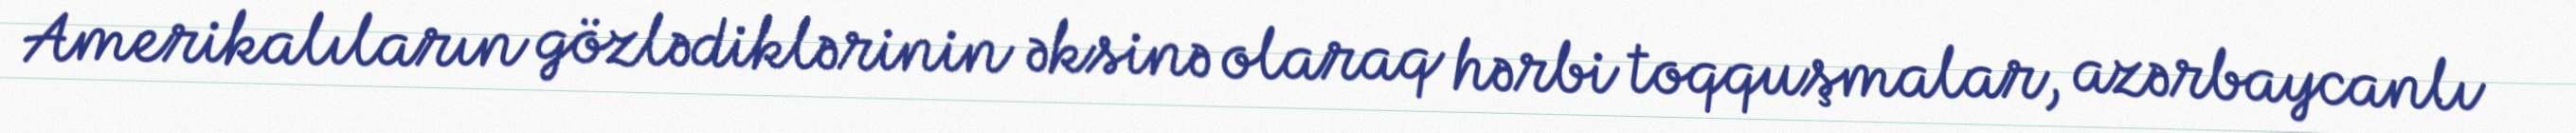
Amerikalıların gözlədiklərinin əksinə olaraq hərbi toqquşmalar, azərbaycanlı